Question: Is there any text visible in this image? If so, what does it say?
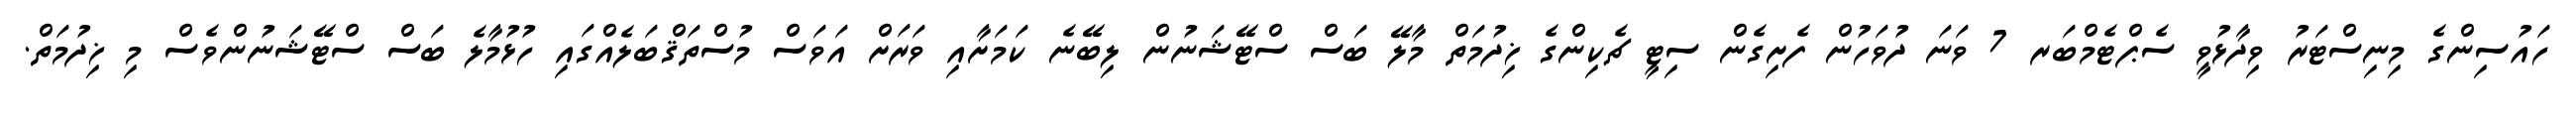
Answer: ހައުސިންގެ މިނިސްޓަރު ވިދާޅުވީ ސެޕްޓެމްބަރ 7 ވަނަ ދުވަހުން ފެށިގެން ސިޓީ ޗެކިންގެ ޚިދުމަތް މާލޭ ބަސް ސްޓޭޝަނުން ލިބޭނެ ކަމަށާއި ވަރަށް އަވަސް މުސްތަޤްބަލެއްގައި ހުޅުމާލެ ބަސް ސްޓޭޝަނުންވެސް މި ޚިދުމަތް.